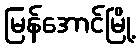
မြန်အောင်မြို့